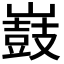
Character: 𡽂